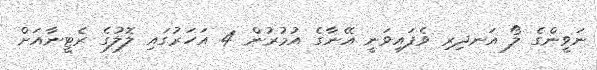
ނަވީންގެ ލޯ އަނދިރި ވެފައިވަނީ އޭނާގެ އުމުރުން 4 އަހަރުގައި ލޮލުގެ ރެޓީނާއަށް